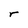
Character: r